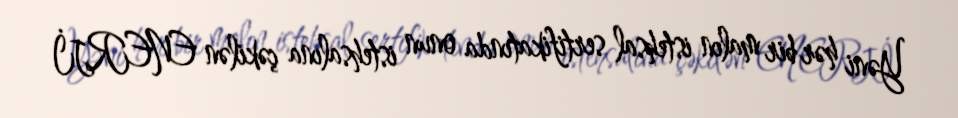
Yəni hər bir malın istehsal sertifikatında onun istehsalına çəkilən ENERJİ